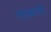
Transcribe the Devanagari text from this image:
नात्यानी